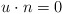
\begin{align*} u\cdot n = 0 \end{align*}